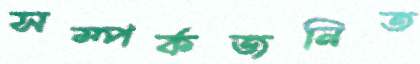
সম্পর্কজনিত